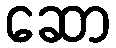
ဆော